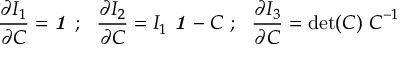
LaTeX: { \frac { \partial I _ { 1 } } { \partial { \boldsymbol { C } } } } = { \boldsymbol { \mathit { 1 } } } ~ ; ~ ~ { \frac { \partial I _ { 2 } } { \partial { \boldsymbol { C } } } } = I _ { 1 } ~ { \boldsymbol { \mathit { 1 } } } - { \boldsymbol { C } } ~ ; ~ ~ { \frac { \partial I _ { 3 } } { \partial { \boldsymbol { C } } } } = \operatorname* { d e t } ( { \boldsymbol { C } } ) ~ { \boldsymbol { C } } ^ { - 1 }